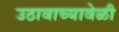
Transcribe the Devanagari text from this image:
उठावाच्यावेळी